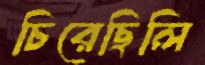
চিরেছিলি